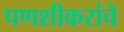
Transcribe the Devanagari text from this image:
पणशीकरांचे